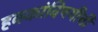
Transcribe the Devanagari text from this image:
हक्कांविषयीची